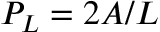
P _ { L } = 2 A / L